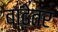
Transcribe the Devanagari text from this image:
बाढ़ेतर